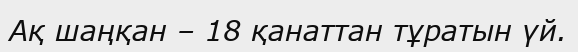
Ақ шаңқан – 18 қанаттан тұратын үй.